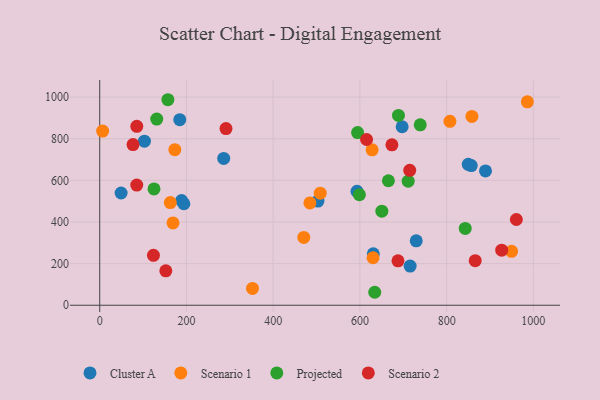
{"axis": {"x": "Price", "y": "Yield"}, "legend": ["Cluster A", "Projected", "Scenario 1", "Scenario 2"], "data": [{"x": "103.1", "y": 788.3, "type": "Cluster A"}, {"x": "849.8", "y": 676.9, "type": "Cluster A"}, {"x": "503.2", "y": 500.6, "type": "Cluster A"}, {"x": "630.9", "y": 247.0, "type": "Cluster A"}, {"x": "715.8", "y": 188.3, "type": "Cluster A"}, {"x": "889.6", "y": 645.3, "type": "Cluster A"}, {"x": "856.8", "y": 670.9, "type": "Cluster A"}, {"x": "188.8", "y": 503.3, "type": "Cluster A"}, {"x": "729.9", "y": 309.5, "type": "Cluster A"}, {"x": "697.4", "y": 857.6, "type": "Cluster A"}, {"x": "194.0", "y": 487.6, "type": "Cluster A"}, {"x": "285.9", "y": 705.4, "type": "Cluster A"}, {"x": "593.3", "y": 547.4, "type": "Cluster A"}, {"x": "49.3", "y": 539.3, "type": "Cluster A"}, {"x": "184.6", "y": 891.5, "type": "Cluster A"}, {"x": "162.8", "y": 493.3, "type": "Scenario 1"}, {"x": "628.2", "y": 746.7, "type": "Scenario 1"}, {"x": "6.7", "y": 836.7, "type": "Scenario 1"}, {"x": "630.3", "y": 228.3, "type": "Scenario 1"}, {"x": "858.3", "y": 907.3, "type": "Scenario 1"}, {"x": "169.0", "y": 395.3, "type": "Scenario 1"}, {"x": "352.3", "y": 80.9, "type": "Scenario 1"}, {"x": "986.2", "y": 977.3, "type": "Scenario 1"}, {"x": "173.2", "y": 747.4, "type": "Scenario 1"}, {"x": "470.6", "y": 325.8, "type": "Scenario 1"}, {"x": "484.7", "y": 491.4, "type": "Scenario 1"}, {"x": "807.6", "y": 883.5, "type": "Scenario 1"}, {"x": "508.5", "y": 538.6, "type": "Scenario 1"}, {"x": "949.7", "y": 259.3, "type": "Scenario 1"}, {"x": "739.1", "y": 866.8, "type": "Projected"}, {"x": "594.7", "y": 829.5, "type": "Projected"}, {"x": "665.7", "y": 598.2, "type": "Projected"}, {"x": "125.2", "y": 559.1, "type": "Projected"}, {"x": "842.9", "y": 368.9, "type": "Projected"}, {"x": "157.2", "y": 987.5, "type": "Projected"}, {"x": "711.3", "y": 596.0, "type": "Projected"}, {"x": "650.6", "y": 452.1, "type": "Projected"}, {"x": "688.9", "y": 912.3, "type": "Projected"}, {"x": "634.2", "y": 62.3, "type": "Projected"}, {"x": "598.8", "y": 531.4, "type": "Projected"}, {"x": "131.5", "y": 894.7, "type": "Projected"}, {"x": "927.0", "y": 264.5, "type": "Scenario 2"}, {"x": "960.8", "y": 412.1, "type": "Scenario 2"}, {"x": "687.8", "y": 213.4, "type": "Scenario 2"}, {"x": "152.4", "y": 165.3, "type": "Scenario 2"}, {"x": "85.4", "y": 577.2, "type": "Scenario 2"}, {"x": "615.4", "y": 796.5, "type": "Scenario 2"}, {"x": "291.2", "y": 848.7, "type": "Scenario 2"}, {"x": "85.5", "y": 859.6, "type": "Scenario 2"}, {"x": "123.9", "y": 239.9, "type": "Scenario 2"}, {"x": "865.9", "y": 214.3, "type": "Scenario 2"}, {"x": "714.9", "y": 648.3, "type": "Scenario 2"}, {"x": "673.8", "y": 770.7, "type": "Scenario 2"}, {"x": "76.8", "y": 772.1, "type": "Scenario 2"}]}